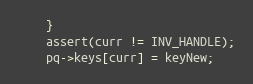
Language: C
	}
	assert(curr != INV_HANDLE);
	pq->keys[curr] = keyNew;